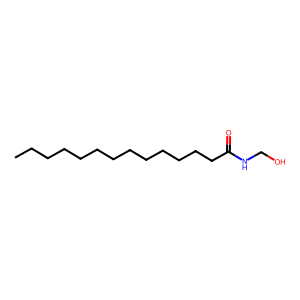
SMILES: CCCCCCCCCCCCCC(=O)NCO
Inhibits HIV replication: No